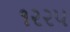
૧૨૨૫